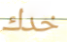
خدك